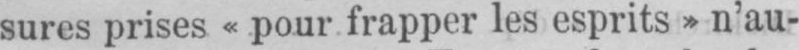
sures prises «pour frapper les esprits» n’au-